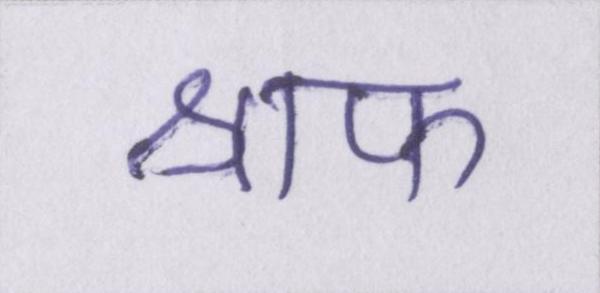
श्राफ